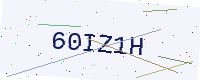
Text: 60IZ1H